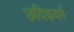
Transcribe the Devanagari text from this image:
छविकवर्ग